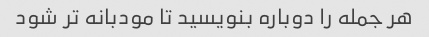
هر جمله را دوباره بنویسید تا مودبانه تر شود